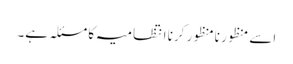
اسے منظور نامنظور کرنا انتظامیہ کا مسئلہ ہے۔